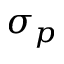
\sigma _ { p }